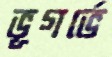
ভূগর্ভে